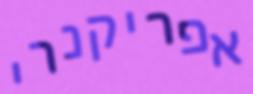
אפריקנרי